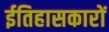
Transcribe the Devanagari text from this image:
ईतिहासकारों